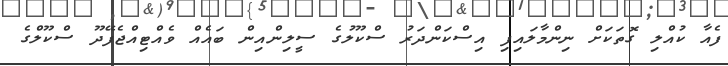
ފެއާ ކުއްލި ގޮތަކަށް ނިންމާލައިފި އިސްކަންދަރު ސްކޫލުގެ ސީލިންއިން ބައެއް ވެއްޓިއްޖެފޭދޫ ސްކޫލްގެ